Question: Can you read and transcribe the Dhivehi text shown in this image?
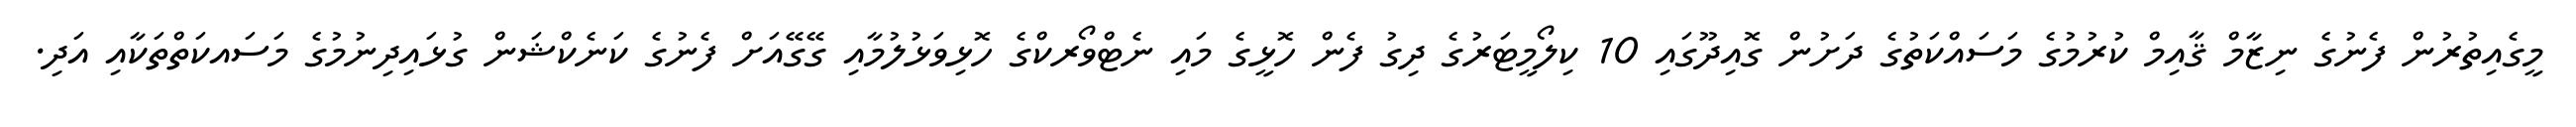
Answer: މީގެއިތުރުން ފެނުގެ ނިޒާމް ޤާއިމް ކުރުމުގެ މަސައްކަތުގެ ދަށުން ގޮއިދޫގައި 10 ކިލޯމީޓަރުގެ ދިގު ފެން ހޮޅީގެ މައި ނެޓްވޯރކްގެ ހޮޅިވަޅުލުމާއި ގޭގޭއަށް ފެނުގެ ކަނެކްޝަން ގުޅައިދިނުމުގެ މަސައކަތްތަކާއި އަދި.